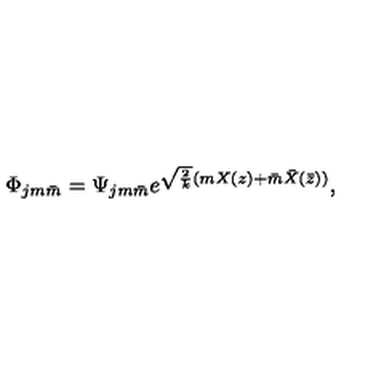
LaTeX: \Phi _ { j m \bar { m } } = \Psi _ { j m \bar { m } } e ^ { \sqrt { \frac { 2 } { k } } ( m X ( z ) + \bar { m } \bar { X } ( \bar { z } ) ) } ,